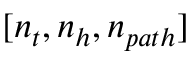
[ n _ { t } , n _ { h } , n _ { p a t h } ]